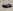
Text: -